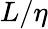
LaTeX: L/\eta